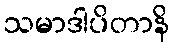
သမာဒါပိတာနိ